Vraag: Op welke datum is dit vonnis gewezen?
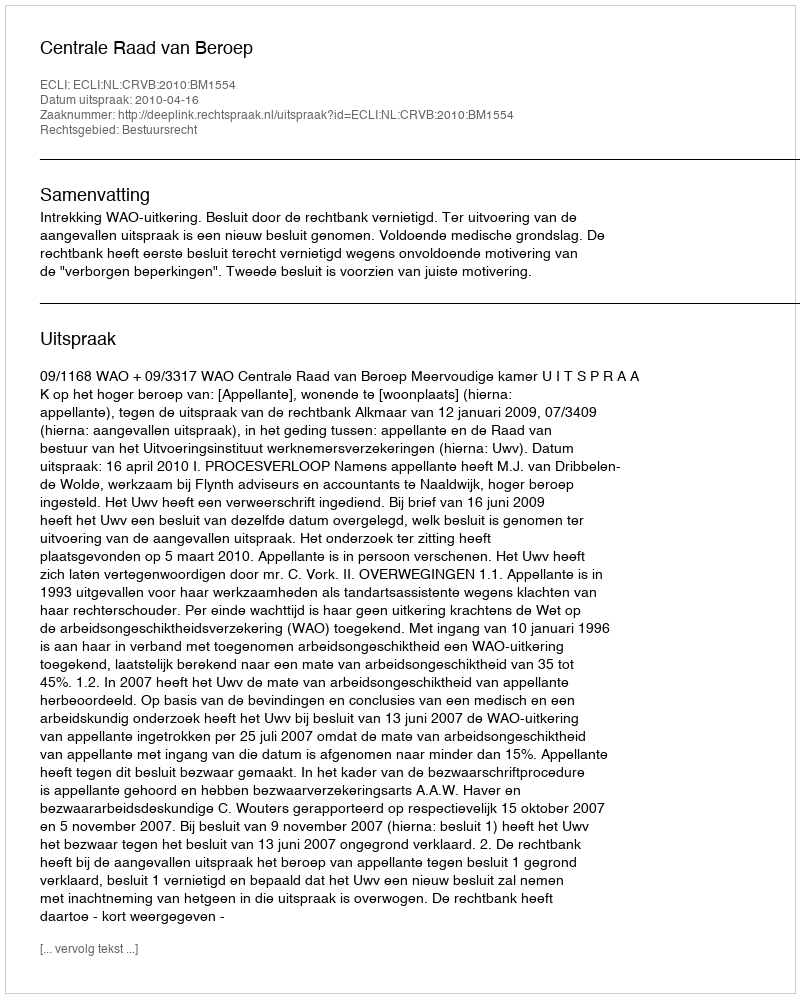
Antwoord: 2010-04-16